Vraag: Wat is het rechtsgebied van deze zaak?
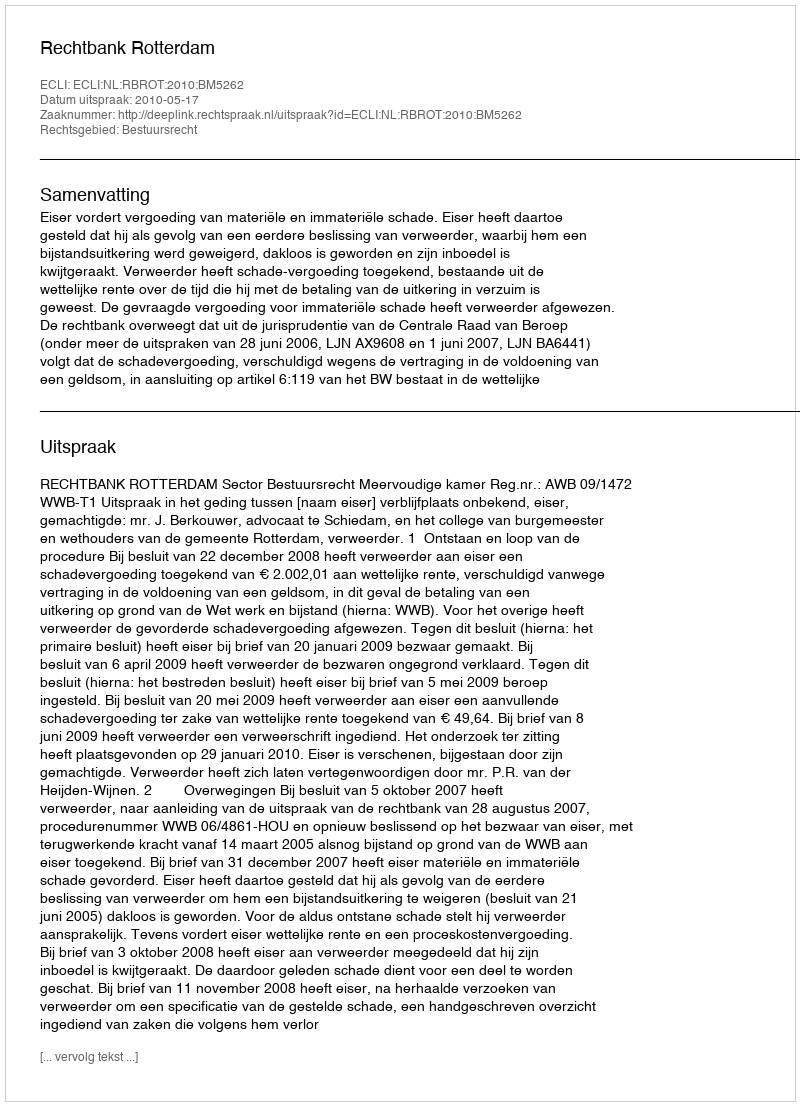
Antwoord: Bestuursrecht